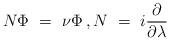
LaTeX: \begin{align*}N\Phi\ =\ \nu\Phi\,, N\ =\ i\frac\partial{\partial\lambda}\,\end{align*}